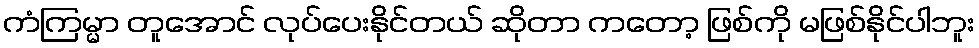
ကံကြမ္မာ တူအောင် လုပ်ပေးနိုင်တယ် ဆိုတာ ကတော့ ဖြစ်ကို မဖြစ်နိုင်ပါဘူး